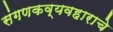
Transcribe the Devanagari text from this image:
संगणकव्यवहाराचे